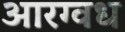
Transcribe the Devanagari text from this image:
आरग्वध